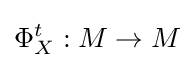
\Phi _{X}^{t}:M\to M